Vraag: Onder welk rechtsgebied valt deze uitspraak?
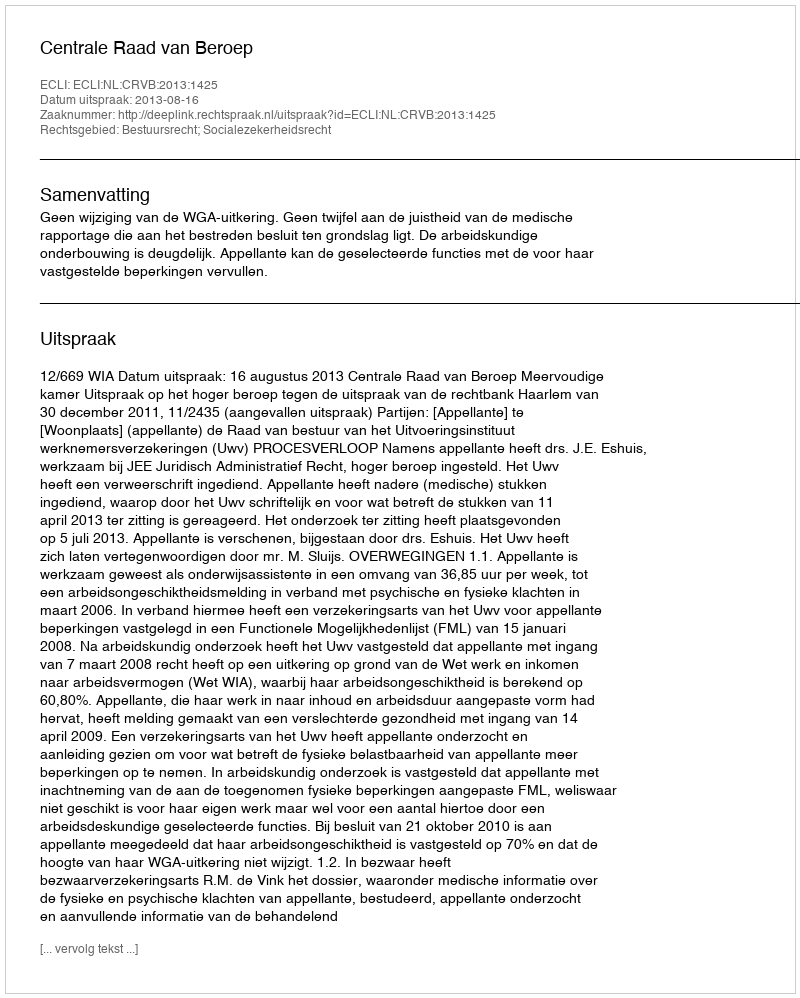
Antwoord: Bestuursrecht; Socialezekerheidsrecht